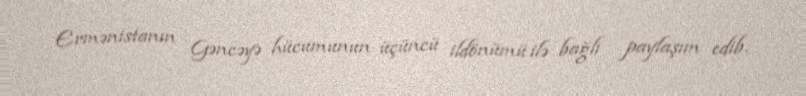
Ermənistanın Gəncəyə hücumunun üçüncü ildönümü ilə bağlı paylaşım edib.